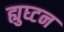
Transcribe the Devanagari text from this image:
ह्युघ्टन